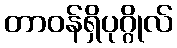
တာဝန်ရှိပုဂ္ဂိုလ်